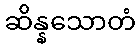
ဆိန္နသောတံ